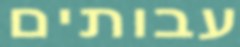
עבותים